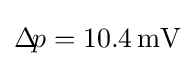
\Delta \!p=10.4\,\mathrm {mV}